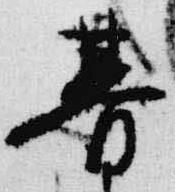
朞